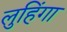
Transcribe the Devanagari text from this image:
लुहिंगा